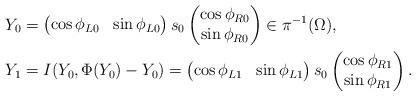
LaTeX: \begin{align*}Y_0 &= \begin{pmatrix} \cos \phi_{L0} & \sin \phi_{L0}\end{pmatrix} s_0 \begin{pmatrix} \cos \phi_{R0} \\ \sin \phi_{R0} \end{pmatrix} \in \pi^{-1}(\Omega), \\Y_1 &= I(Y_0, \Phi(Y_0) - Y_0) = \begin{pmatrix} \cos \phi_{L1} & \sin \phi_{L1}\end{pmatrix} s_0 \begin{pmatrix} \cos \phi_{R1} \\ \sin \phi_{R1} \end{pmatrix}.\end{align*}